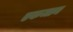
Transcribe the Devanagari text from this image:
एकजान